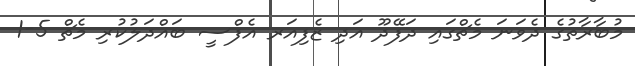
މުބާރާތުގެ ދެވަނަ މެޗްގައި ދަފޭދޫ އަދި ޒެފިއަރ އެފްސީ ބައްދަލުކުރި މެޗް 5-1